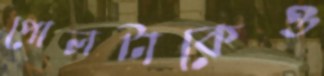
পোলটাকেও